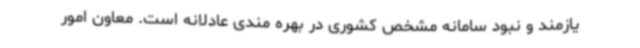
یازمند و نبود سامانه مشخص کشوری در بهره مندی عادلانه است. معاون امور